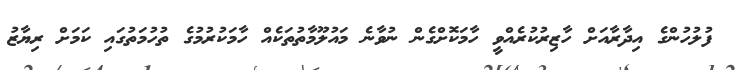
ފުލުހުންގެ އިދާރާއަށް ހާޒިރުކުރެއްވީ ހާމަކޮށްގެން ނުވާނެ މައުލޫމާތުތަކެއް ހާމަކުރުމުގެ ތުހުމަތުގައި ކަމަށް ރިޔާޒު